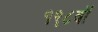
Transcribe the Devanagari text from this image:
१९८वॉ